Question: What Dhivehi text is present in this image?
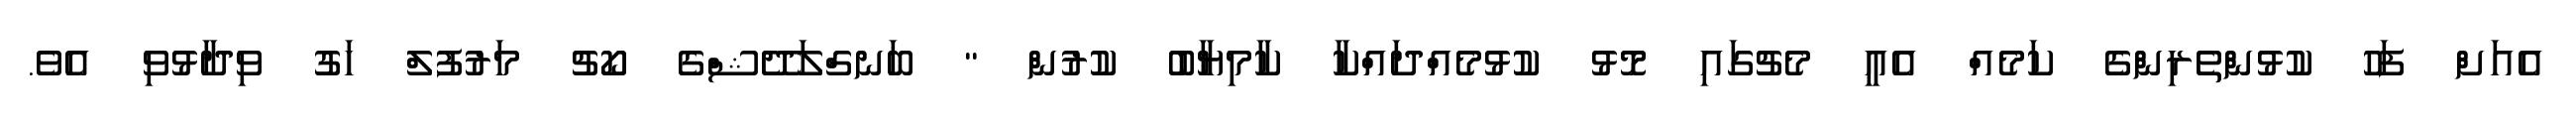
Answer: އެއަށް ފަހު ކުޅުންތެރިންގެ ކަމެއް އެއީ މެޗުގައި މޮޅު ކުޅުމެއްދައްކާ ކާމިޔާބު ކުރުން " ބަނގްލަދޭޝްގެ ކޯޗު މަރުފުލް ހަގު ވިދާޅުވި އެވެ.